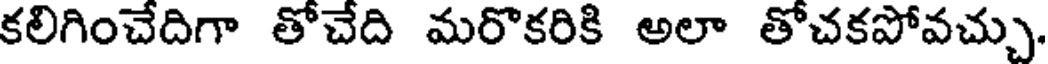
కలిగించేదిగా తోచేది మరొకరికి అలా తోచకపోవచ్చు